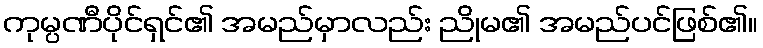
ကုမ္ပဏီပိုင်ရှင်၏ အမည်မှာလည်း ညိုမ၏ အမည်ပင်ဖြစ်၏။